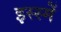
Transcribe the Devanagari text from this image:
इस्स्में